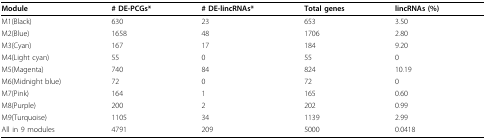
<table><thead><tr><td><b>Module</b></td><td><b># DE-PCGs*</b></td><td><b># DE-lincRNAs*</b></td><td><b>Total genes</b></td><td><b>lincRNAs (%)</b></td></tr></thead><tbody><tr><td>M1(Black)</td><td>630</td><td>23</td><td>653</td><td>3.50</td></tr><tr><td>M2(Blue)</td><td>1658</td><td>48</td><td>1706</td><td>2.80</td></tr><tr><td>M3(Cyan)</td><td>167</td><td>17</td><td>184</td><td>9.20</td></tr><tr><td>M4(Light cyan)</td><td>55</td><td>0</td><td>55</td><td>0</td></tr><tr><td>M5(Magenta)</td><td>740</td><td>84</td><td>824</td><td>10.19</td></tr><tr><td>M6(Midnight blue)</td><td>72</td><td>0</td><td>72</td><td>0</td></tr><tr><td>M7(Pink)</td><td>164</td><td>1</td><td>165</td><td>0.60</td></tr><tr><td>M8(Purple)</td><td>200</td><td>2</td><td>202</td><td>0.99</td></tr><tr><td>M9(Turquoise)</td><td>1105</td><td>34</td><td>1139</td><td>2.99</td></tr><tr><td>All in 9 modules</td><td>4791</td><td>209</td><td>5000</td><td>0.0418</td></tr></tbody></table>